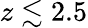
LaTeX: z\lesssim 2.5